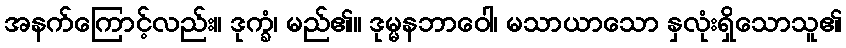
အနက်ကြောင့်လည်း။ ဒုက္ခံ၊ မည်၏။ ဒုမ္မနဘာဝေါ၊ မသာယာသော နှလုံးရှိသောသူ၏